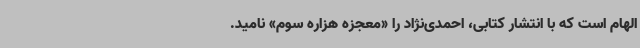
الهام است که با انتشار کتابی، احمدی‌نژاد را «معجزه هزاره سوم» نامید.‌